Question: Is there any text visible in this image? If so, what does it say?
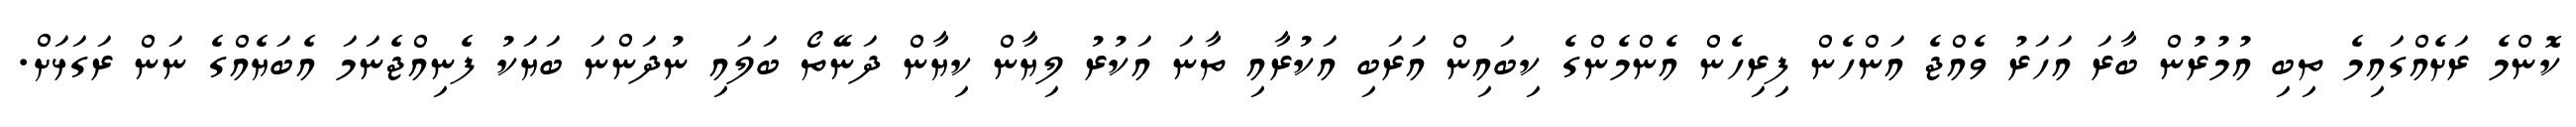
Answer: ކޮންމެ ރަށެއްގައިމެ ތިބި އުމުރުން ބާރަ އަހަރު ވެއްޖެ އަންހެން ފިރިހެން އެންމެންގެ ކިބައިން އަރަބި އަކުރާއި ތާނަ އަކުރު ލިޔާން ކިޔާން ދަނޭތޯ ބަލައި ނުދަންނަ ބަޔަކު ފެނިއްޖެނަމަ އެބަޔެއްގެ ނަން ރަގަޅަށް.